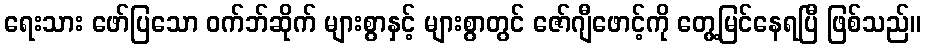
ရေးသား ဖော်ပြသော ဝက်ဘ်ဆိုက် များစွာနှင့် များစွာတွင် ဇော်ဂျီဖောင့်ကို တွေ့မြင်နေရပြီ ဖြစ်သည်။